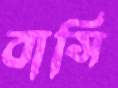
বাসি